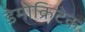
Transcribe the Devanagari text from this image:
डेमोक्रिटेक